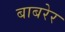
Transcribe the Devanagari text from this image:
बाबरेर